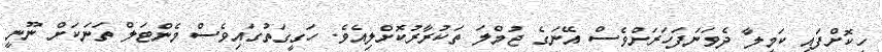
ހީކޮށްފައި ކަމީލާ ދެވަނަފަހަރަށްވެސް އޭނަގެ ޖުމްލަ ތަކުރާރުކޮށްލިއެވެ. ހަގީގަތުގައިވެސް މެންޓަލް ތަނަކަށް ނޫނީ